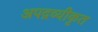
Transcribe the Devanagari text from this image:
अपद्रव्यीकृत